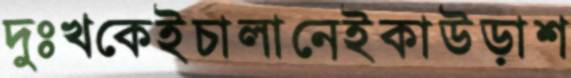
দুঃখকেইচালানেইকাউড়াশ